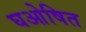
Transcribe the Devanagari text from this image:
घओषित